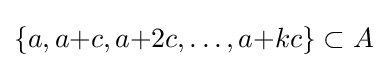
\{a,a{+}c,a{+}2c,\ldots ,a{+}kc\}\subset A